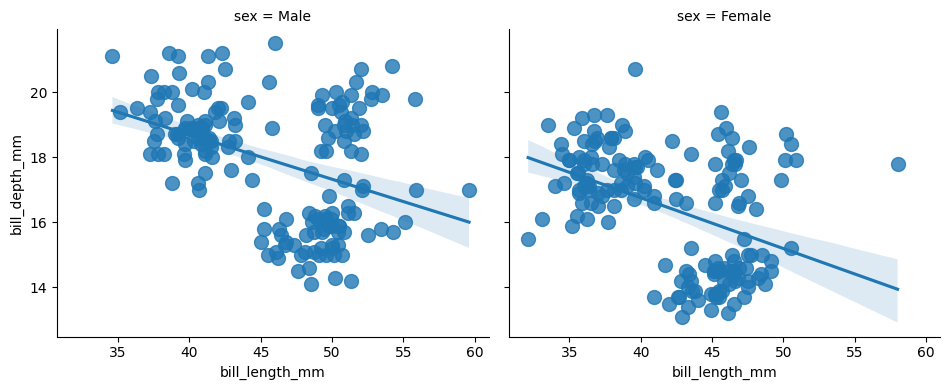
python, seaborn, lmplot, aspect=1.2, order=1, markers='o'